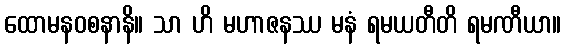
ထောမနဝစနာနိ။ သာ ဟိ မဟာဇနဿ မနံ ရမယတီတိ ရမဏီယာ။